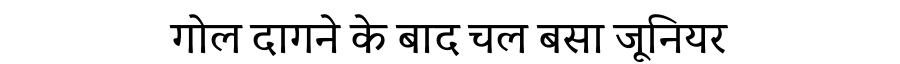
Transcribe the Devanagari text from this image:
गोल दागने के बाद चल बसा जूनियर